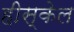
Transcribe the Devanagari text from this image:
हीस्केल